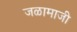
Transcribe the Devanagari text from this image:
जळामाजी